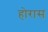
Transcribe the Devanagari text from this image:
होरास